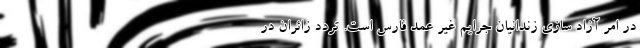
در امر آزاد سازی زندانیان جرایم غیر عمد فارس است. تردد زائران در